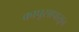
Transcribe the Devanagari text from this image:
कापूसापासून